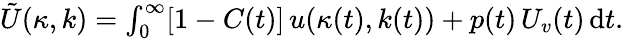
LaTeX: \begin{array}{r}{\tilde{U}(\kappa,k)=\int_{0}^{\infty}[1-C(t)]\, u(\kappa(t),k(t))+p(t)\, U_{v}(t)\, \mathrm{d}t.}\end{array}